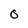
Character: 0